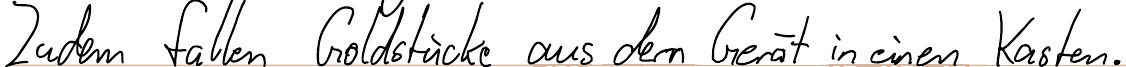
Zudem fallen Goldstücke aus dem Gerät in einen Kasten.